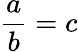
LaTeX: \frac{a}{b}=c